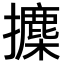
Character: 𪮾